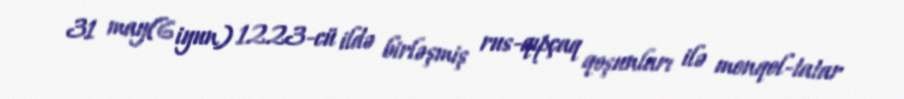
31 may(6 iyun) 1223-cü ildə birləşmiş rus-qıpçaq qoşunları ilə monqol-tatar